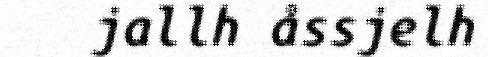
jallh åssjelh